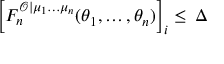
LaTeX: \left[ F _ { n } ^ { \mathcal { O } | \mu _ { 1 } \ldots \mu _ { n } } ( \theta _ { 1 } , \ldots , \theta _ { n } ) \right] _ { i } \leq \, \Delta